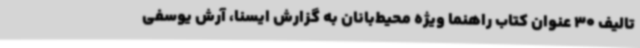
تالیف 30 عنوان کتاب راهنما ویژه محیط‌بانان به گزارش ایسنا، آرش یوسفی